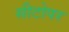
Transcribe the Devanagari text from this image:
सीटोपर